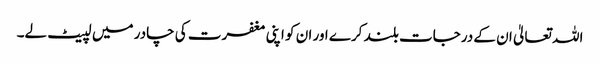
اللہ تعالیٰ ان کے درجات بلند کرے اور ان کو اپنی مغفرت کی چادر میں لپیٹ لے۔